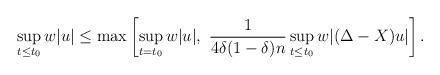
LaTeX: \begin{align*} \sup_{t\leq t_0} w |u| \leq \max\left[ \sup_{t= t_0} w |u|, \ \frac1{4\delta(1-\delta)n} \sup_{t\leq t_0} w |(\Delta-X)u| \right]. \end{align*}